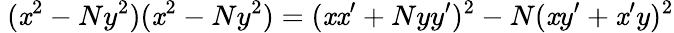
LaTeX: \ (\mathit{x}^{2}-Ny^{2})(\mathit{x}^{2}-Ny^{2})=(\mathit{x}\mathit{x}^{\prime}+Nyy^{\prime})^{2}-N(\mathit{x}y^{\prime}+\mathit{x}^{\prime}y)^{2}